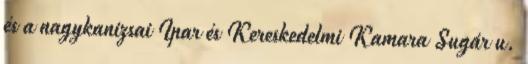
és a nagykanizsai Ipar és Kereskedelmi Kamara Sugár u.